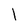
Character: I